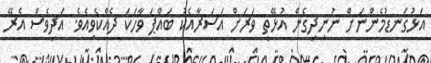
އަޅުގަނޑުމެންނަށް ނުނިދިގެން އުޅޭތީ ވަރަށް އަސަރާއެކު ބައްޕަ ވާހަކަ ދެއްކެވިއެވެ. އަދިވެސް އެރޭ